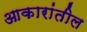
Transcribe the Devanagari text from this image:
आकारांतील